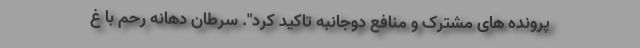
پرونده های مشترک و منافع دوجانبه تاکید کرد". سرطان دهانه رحم با غ